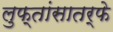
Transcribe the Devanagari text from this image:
लुफ्तांसातर्फे